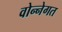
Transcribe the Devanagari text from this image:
वोन्नेगत